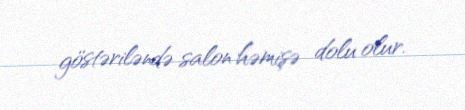
göstəriləndə salon həmişə dolu olur.